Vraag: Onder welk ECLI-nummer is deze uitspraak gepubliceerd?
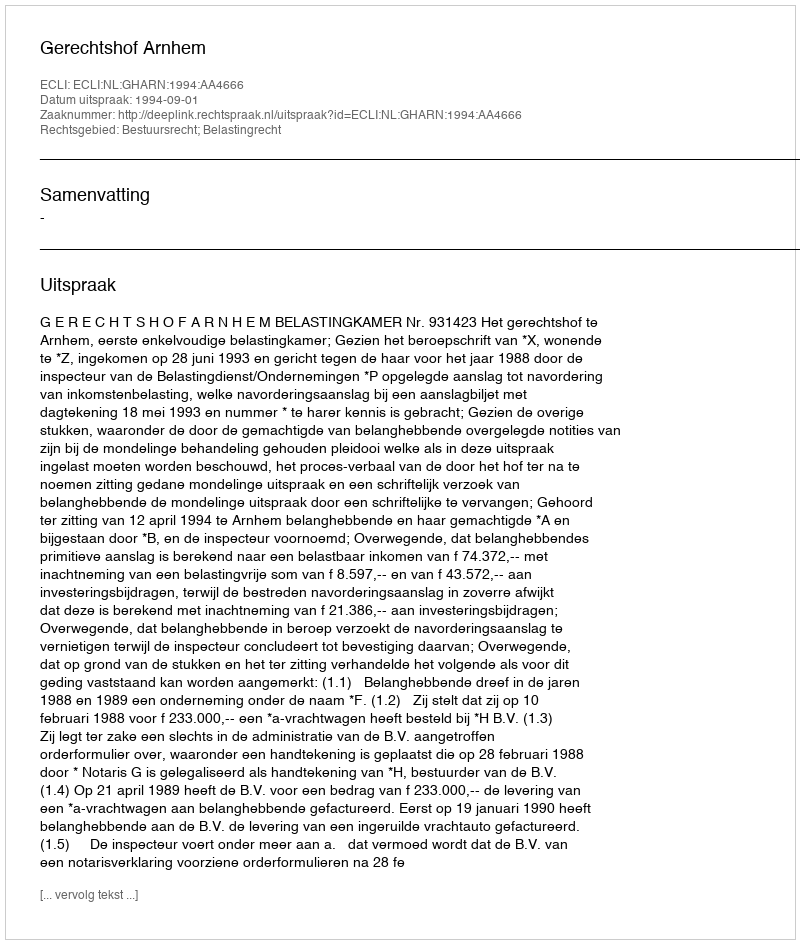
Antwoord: ECLI:NL:GHARN:1994:AA4666